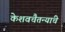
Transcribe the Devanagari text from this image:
केशवचैतन्यांचे